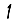
Digit: 1